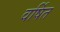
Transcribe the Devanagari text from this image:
वर्षित